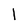
Character: 1